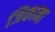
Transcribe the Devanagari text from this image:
जिकामा